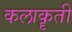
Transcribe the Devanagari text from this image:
कलाकॄती